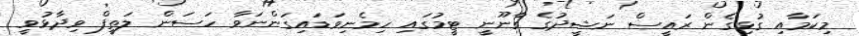
މިކަމާއި ގުޅިގެން ރައީސް ނަޝީދުގެ ގާނޫނީ ޓީމުގައި ހިމެނިވަޑައިގަންނަވާ ހަސަން ލަތީފް ވިދާޅުވީ